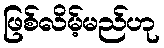
ဖြစ်လိမ့်မည်ဟု